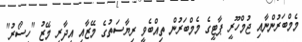
މެމްބަރުންނާއި ޖުމްހޫރީ ޕާޓީގެ މެމްބަރުން ތިއްބެވީ ރިޔާސަތުގެ މޭޒާއި އިދާރީ މޭޒު "ހިސޯރު"